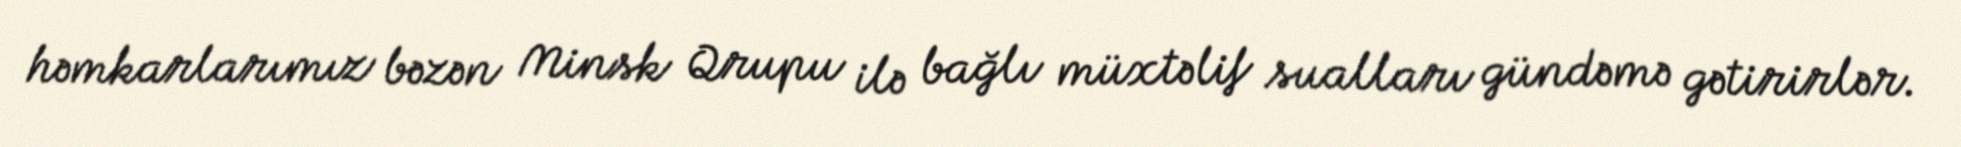
həmkarlarımız bəzən Minsk Qrupu ilə bağlı müxtəlif sualları gündəmə gətirirlər.